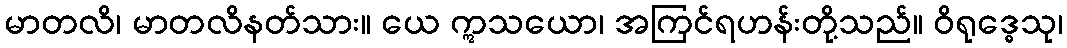
မာတလိ၊ မာတလိနတ်သား။ ယေ ဣသယော၊ အကြင်ရဟန်းတို့သည်။ ဝိရုဒ္ဓေသု၊